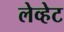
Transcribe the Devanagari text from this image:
लेव्हेट